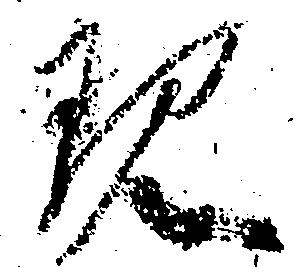
現